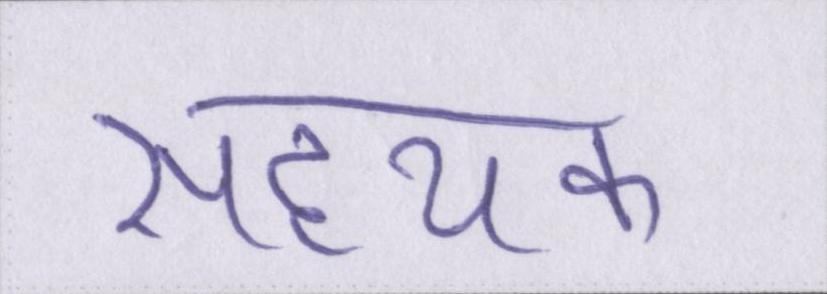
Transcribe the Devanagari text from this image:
सहयक